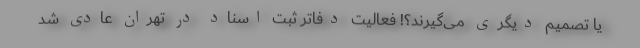
یا تصمیم دیگری می‌گیرند؟! فعالیت دفاتر ثبت اسناد در تهران عادی شد